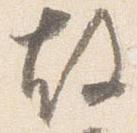
故